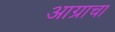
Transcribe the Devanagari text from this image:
आग्राचा